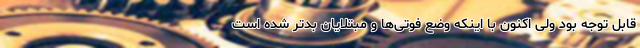
قابل توجه بود ولی اکنون با اینکه وضع فوتی‌ها و مبتلایان بدتر شده است